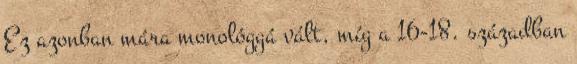
Ez azonban mára monológgá vált, míg a 16-18. században